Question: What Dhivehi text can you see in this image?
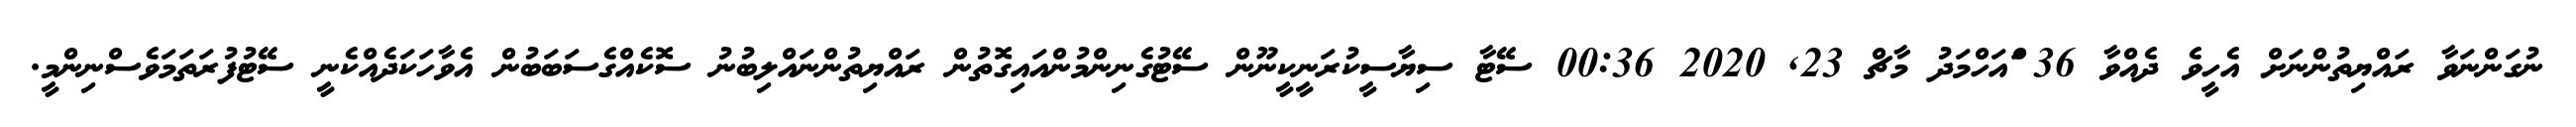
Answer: ނުގަންނަވާ ރައްޔިތުންނަށް އެހީވެ ދެއްވާ 36 ްައަހްމަދު މާޗް 23, 2020 00:36 ސޭޓާ ސިޔާސީކުރަނީކީނޫން ސޭޓުގެނިންމުންއައިގޮތުން ރައްޔިތުންނައްލިބުނު ސޮކެއްގެސަބަބުން އެވާހަކަދެއްކެނީ ސޭޓުފުރަތަމަވެސްނިންމީ.